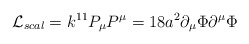
\begin{align*}{\cal L}_{scal}=k^{11}P_{\mu}P^{\mu}=18a^2\partial_{\mu}\Phi\partial^{\mu}\Phi\end{align*}